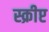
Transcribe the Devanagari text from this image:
स्क्रीप्ट